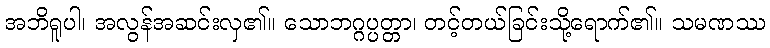
အဘိရူပါ၊ အလွန်အဆင်းလှ၏။ သောဘဂ္ဂပ္ပတ္တာ၊ တင့်တယ်ခြင်းသို့ရောက်၏။ သမဏဿ